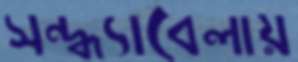
সন্ধ্যাবেলায়